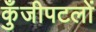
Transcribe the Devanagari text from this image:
कुँजीपटलों